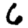
Digit: 6